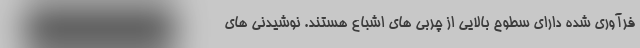
فرآوری شده دارای سطوح بالایی از چربی های اشباع هستند. نوشیدنی های